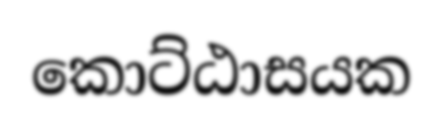
කොට්ඨාසයක